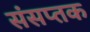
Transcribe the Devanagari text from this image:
संसप्तक